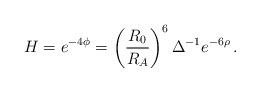
LaTeX: \begin{align*} H=e^{-4\phi}=\left(\frac{R_0}{R_A}\right)^6\Delta^{-1}e^{-6\rho}\,.\end{align*}